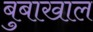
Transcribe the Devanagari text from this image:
बुबाखाल